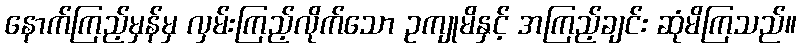
နောက်ကြည့်မှန်မှ လှမ်းကြည့်လိုက်သော ဥကျုမိနှင့် အကြည့်ချင်း ဆုံမိကြသည်။